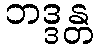
ဘဒ္ဒန္တ